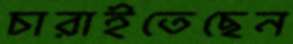
চারাইতেছেন